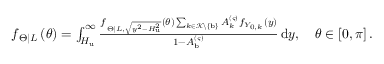
\begin{array} { r } { f _ { \left. \Theta \right| L } \left( \theta \right) = \int _ { H _ { \mathrm { u } } } ^ { \infty } { \frac { f _ { \left. \Theta \right| L , \sqrt { y ^ { 2 } - H _ { \mathrm { u } } ^ { 2 } } } \left( \theta \right) \sum _ { k \in \mathcal { K } \backslash \left\{ \mathrm { b } \right\} } { A _ { k } ^ { \left( \varsigma \right) } f _ { Y _ { 0 , k } } \left( y \right) } } { 1 - A _ { \mathrm { b } } ^ { \left( \varsigma \right) } } \, \mathrm { d } y } , \quad \theta \in \left[ 0 , \pi \right] . } \end{array}